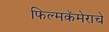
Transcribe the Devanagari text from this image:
फिल्मकॅमेराचे